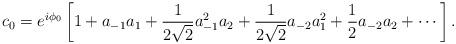
LaTeX: \begin{align*}c_0 = e^{i \phi_0} \left[ 1 + a_{-1} a_1 +\frac{1}{2\sqrt{2}} a_{-1}^2a_{2} +\frac{1}{2\sqrt{2}} a_{-2} a_{1}^2 +\frac{1}{2} a_{-2} a_{2} +\cdots \right].\end{align*}